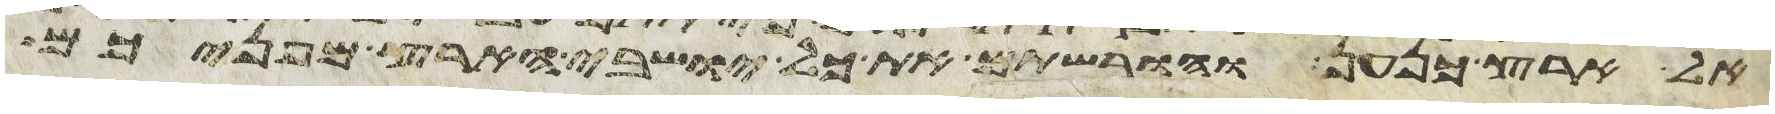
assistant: אל ארץ כנען והורשתם את כל ישבי הארץ מפניכם